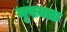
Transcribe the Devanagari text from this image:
मृख्यतः